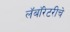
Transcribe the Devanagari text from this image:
लॅबॉरेटरीचे